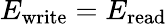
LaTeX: E_{\mathrm{write}}=E_{\mathrm{read}}